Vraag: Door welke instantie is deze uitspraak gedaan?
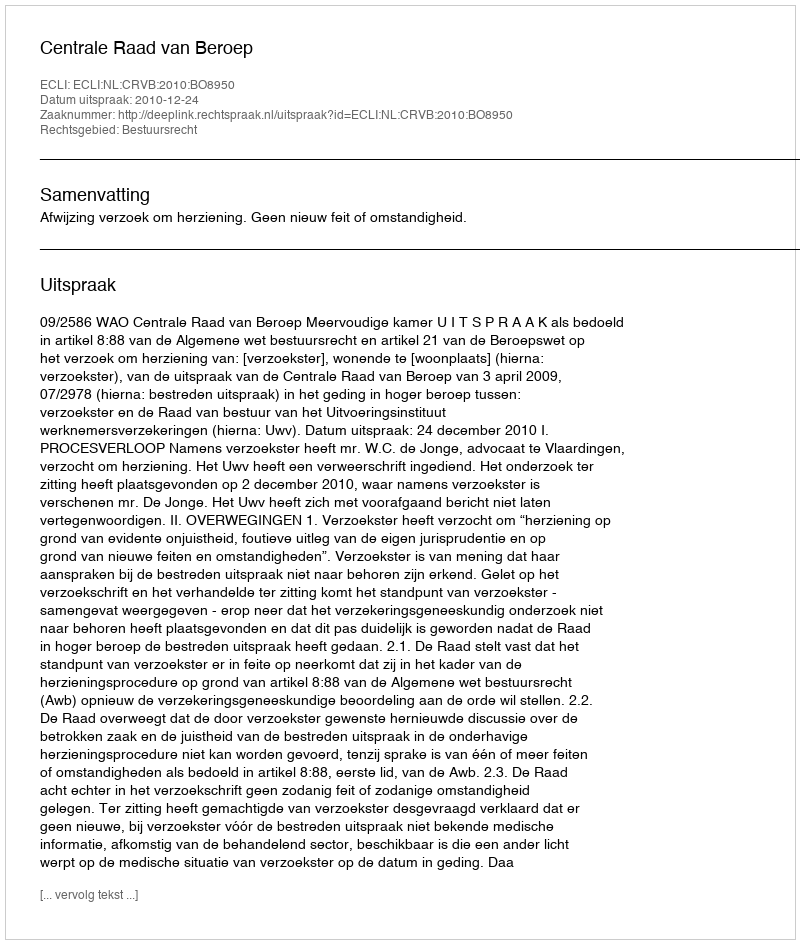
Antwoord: Centrale Raad van Beroep